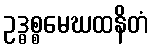
ဥဒ္ဓစ္စမေဃထနိတံ